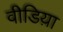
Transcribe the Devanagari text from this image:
वीडिय़ा